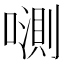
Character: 𱔦